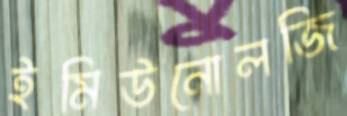
ইমিউনোলজি